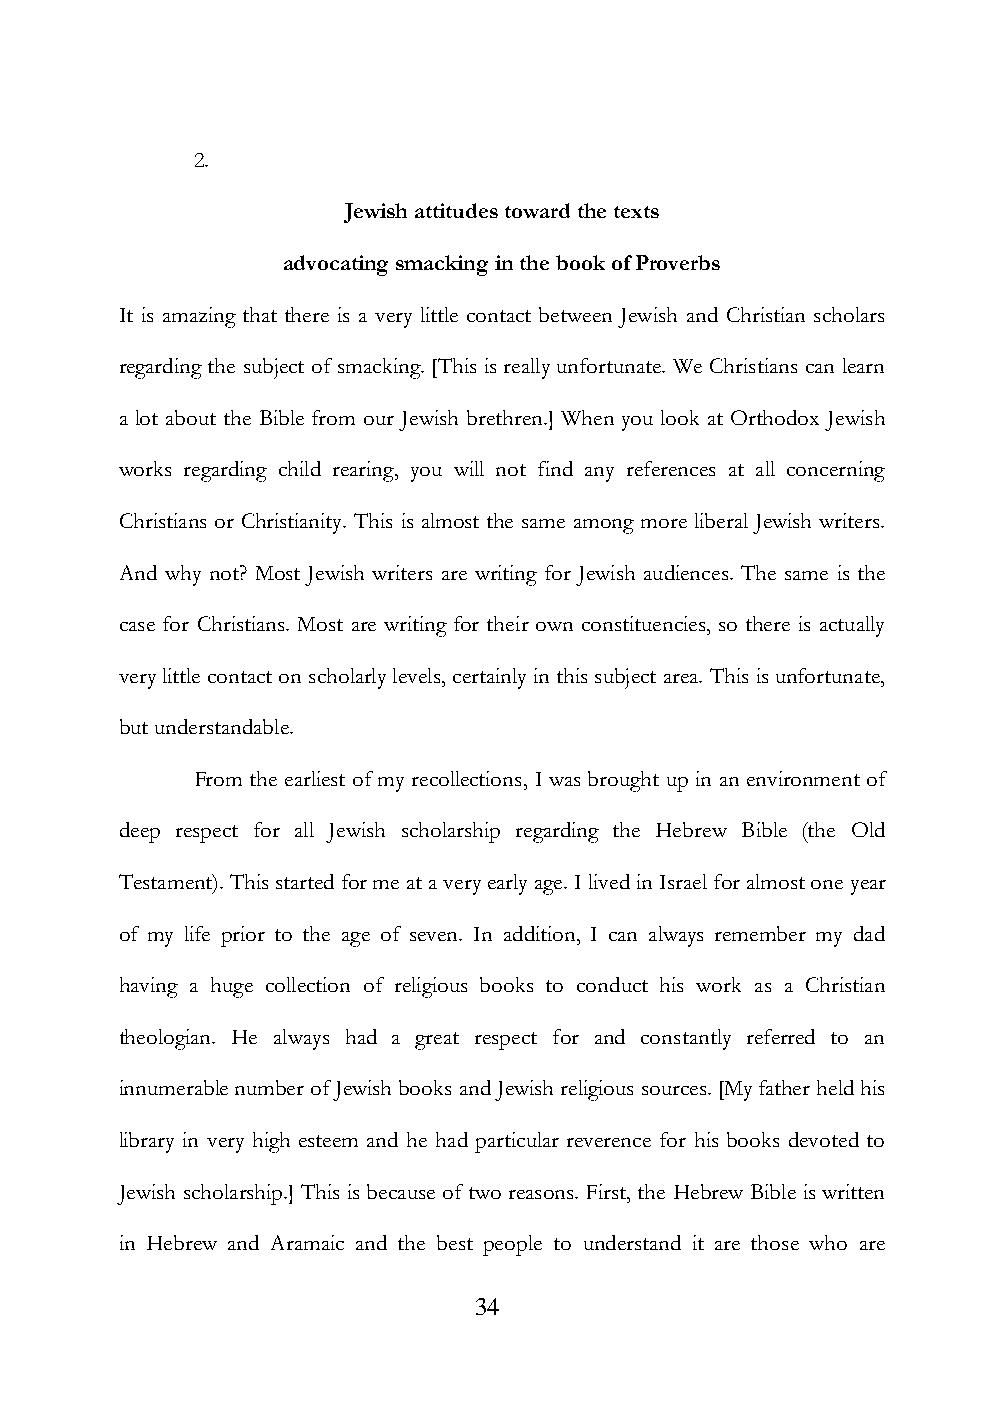
2.
 Jewish attitudes toward the texts
 advocating smacking in the book of Proverbs
 It is amazing that there is a very little contact between Jewish and Christian scholars
 regarding the subject of smacking. [This is really unfortunate. We Christians can learn
 a lot about the Bible from our Jewish brethren.] When you look at Orthodox Jewish
 works regarding child rearing, you will not find any references at all concerning
 Christians or Christianity. This is almost the same among more liberal Jewish writers.
 And why not? Most Jewish writers are writing for Jewish audiences. The same is the
 case for Christians. Most are writing for their own constituencies, so there is actually
 very little contact on scholarly levels, certainly in this subject area. This is unfortunate,
 but understandable.
 From the earliest of my recollections, I was brought up in an environment of
 deep respect for all Jewish scholarship regarding the Hebrew Bible (the Old
 Testament). This started for me at a very early age. I lived in Israel for almost one year
 of my life prior to the age of seven. In addition, I can always remember my dad
 having a huge collection of religious books to conduct his work as a Christian
 theologian. He always had a great respect for and constantly referred to an
 innumerable number of Jewish books and Jewish religious sources. [My father held his
 library in very high esteem and he had particular reverence for his books devoted to
 Jewish scholarship.] This is because of two reasons. First, the Hebrew Bible is written
 in Hebrew and Aramaic and the best people to understand it are those who are
 34